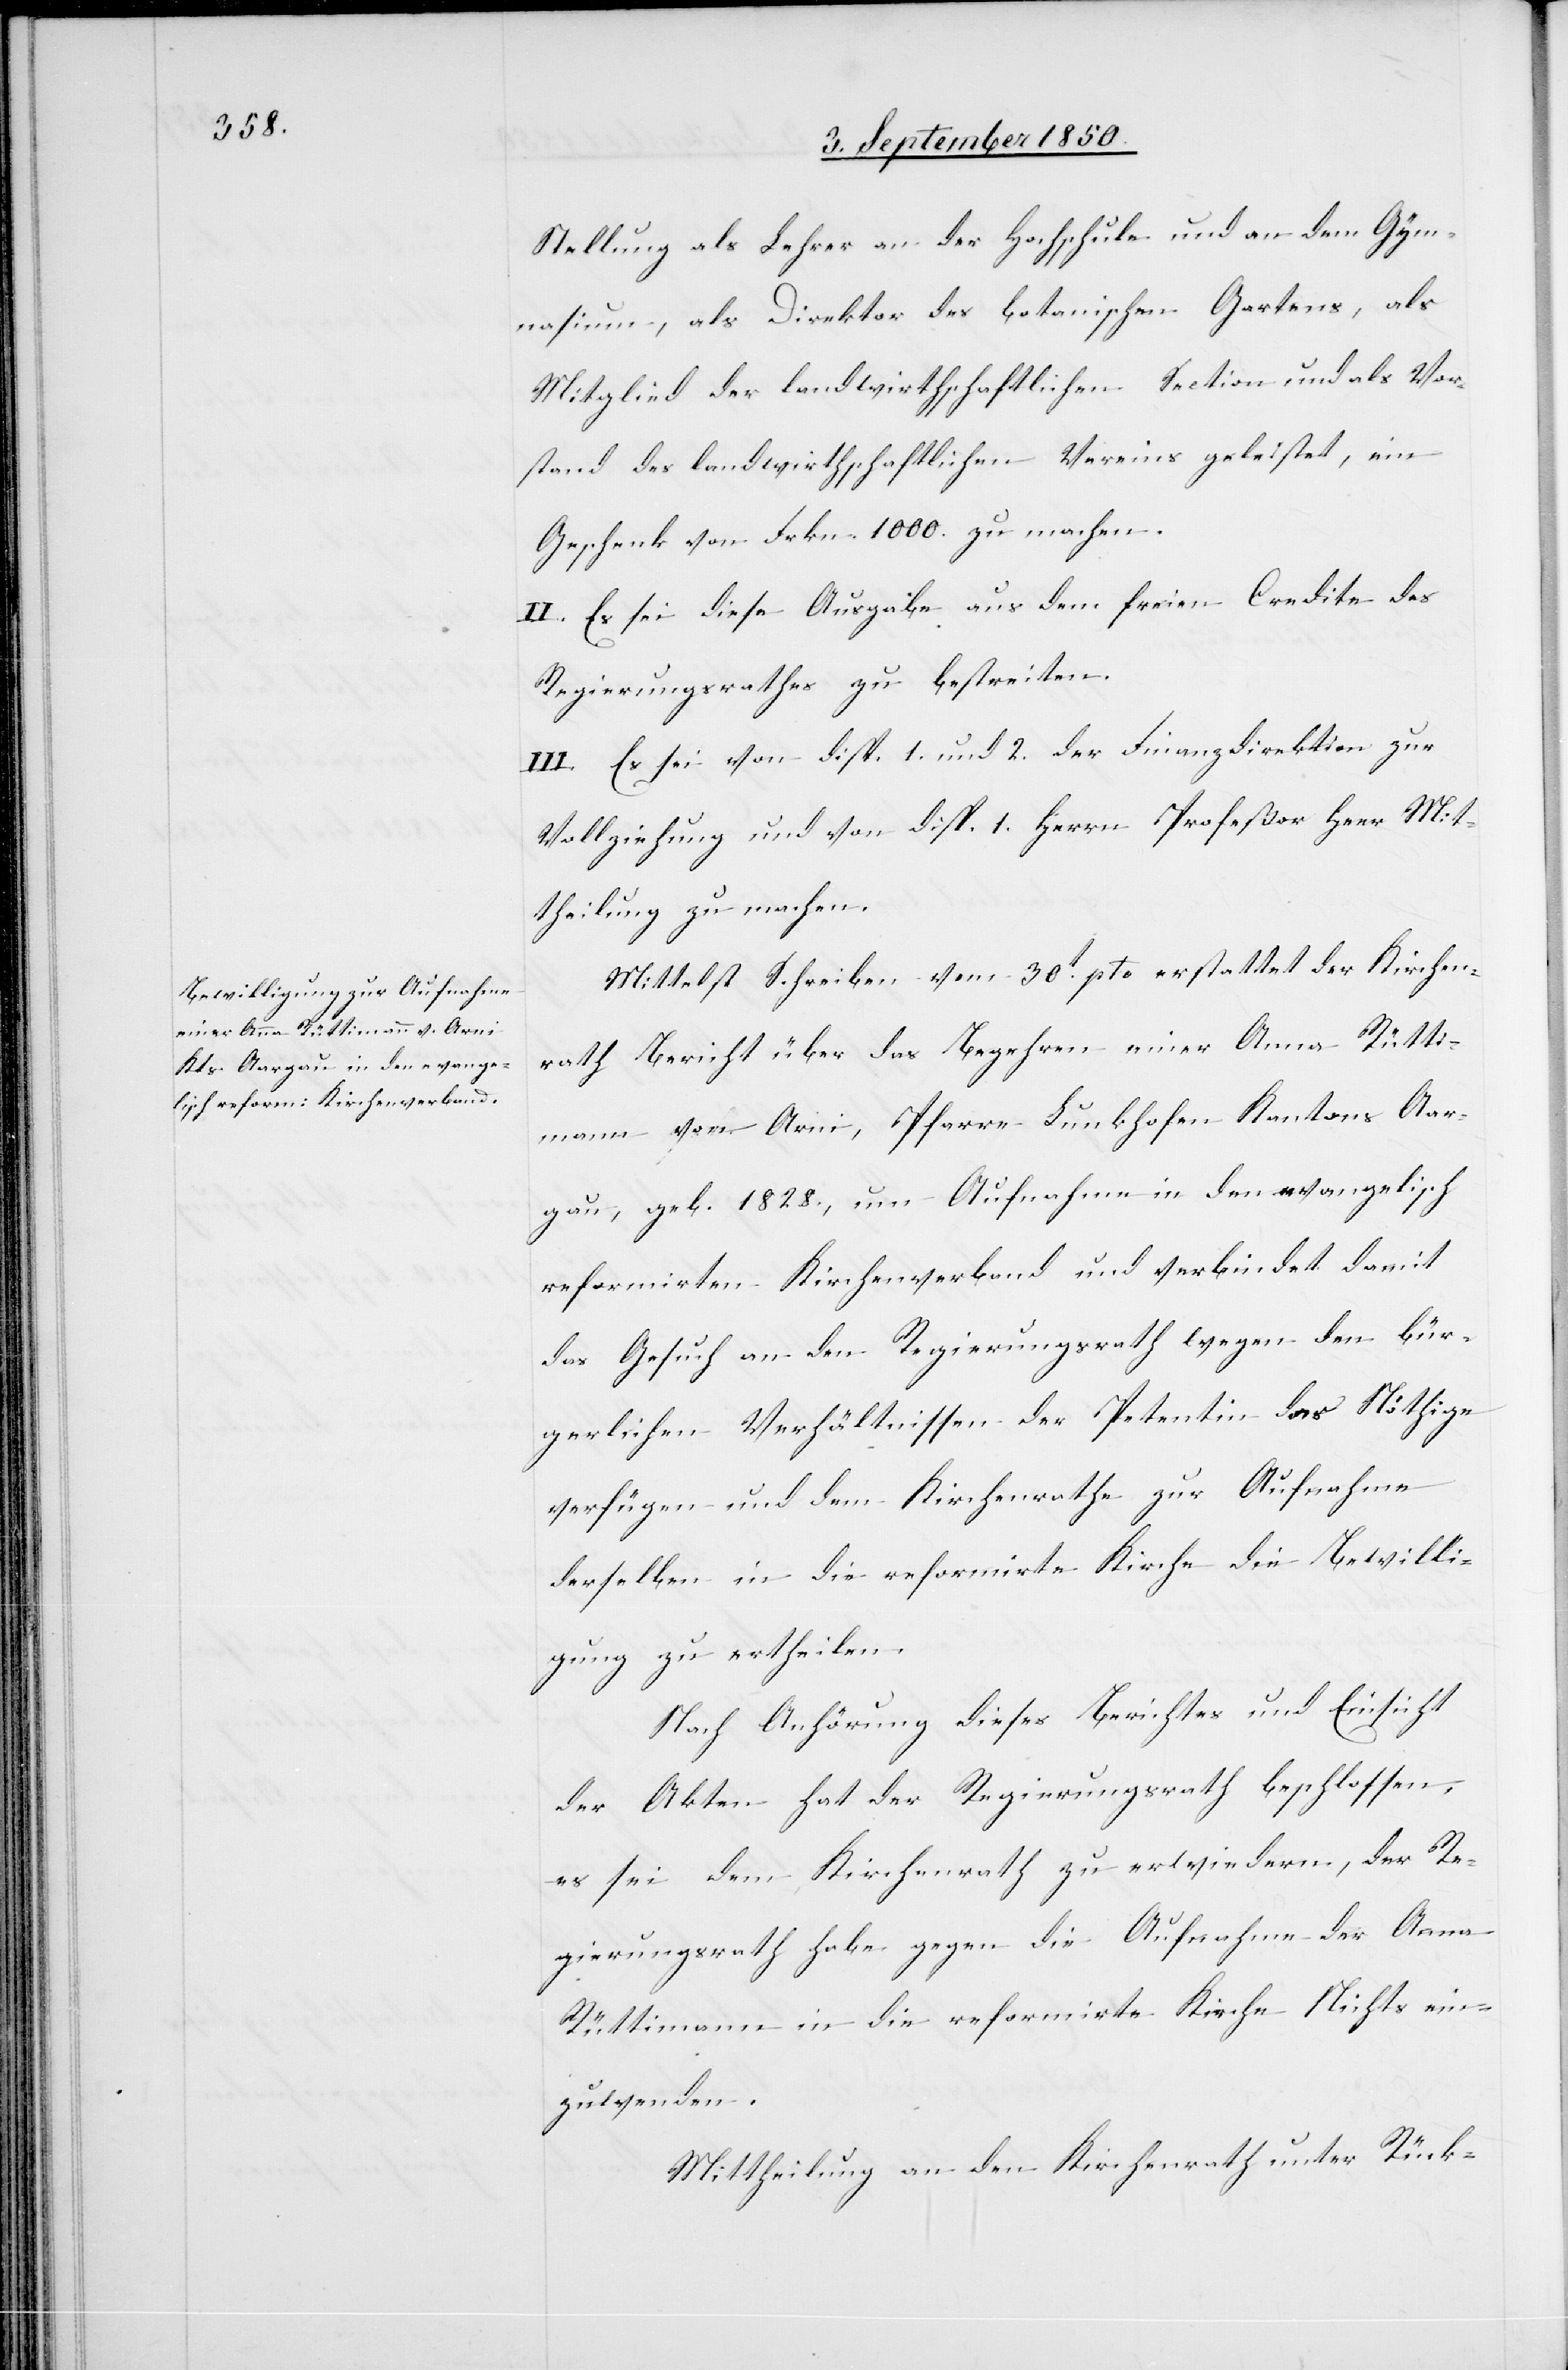
Stellung als Lehrer an der Hochschule und an dem Gym¬
nasium, als Direktor des botanischen Gartens, als
Mitglied der landwirthschaftlichen Section und als Vor¬
stand des landwirthschaftlichen Vereins geleistet, ein
Geschenk von Frkn. 1000. zu machen.
II. Es sei diese Ausgabe aus dem freien Credite des
Regierungsrathes zu bestreiten.
III. Es sei von disp. 1. und 2. der Finanzdirektion zur
Vollziehung und von disp. 1 Herrn Profeßor Heer Mit¬
theilung zu machen.
Mittelst Schreiben vom 30t pto erstattet der Kirchen¬
rath Bericht über das Begehren einer Anna Rütti¬
mann von Arni, Pfarre Lunkhofen Kantons Aar¬
gau, geb. 1828., um Aufnahme in den evangelisch
reformirten Kirchenverband und verbindet damit
das Gesuch an den Regierungsrath wegen den bür¬
gerlichen Verhältnissen der Petentin das Nöthige
verfügen und dem Kirchenrathe zur Aufnahme
derselben in die reformirte Kirche die Bewilli¬
gung zu ertheilen.
Nach Anhörung dieses Berichtes und Einsicht
der Akten hat der Regierungsrath beschlossen,
es sei dem Kirchenrath zu erwiedern, der Re¬
gierungsrath habe gegen die Aufnahme der Anna
Rüttimann in die reformirte Kirche Nichts ein¬
zuwenden.
Mittheilung an den Kirchenrath unter Rück-